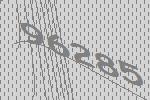
96285